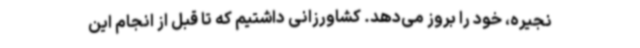
نجیره، خود را بروز می‌دهد. کشاورزانی داشتیم که تا قبل از انجام این